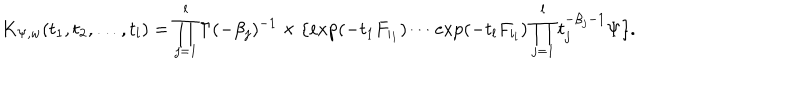
K _ { \Psi , w } ( t _ { 1 } , t _ { 2 } , \ldots , t _ { l } ) = \prod _ { j = 1 } ^ { l } \Gamma ( - \beta _ { j } ) ^ { - 1 } \times \{ \exp ( - t _ { 1 } F _ { i _ { 1 } } ) \cdots \exp ( - t _ { l } F _ { i _ { l } } ) \prod _ { j = 1 } ^ { l } t _ { j } ^ { - \beta _ { j } - 1 } \Psi \} .